Vital statistics of India. Vol. IV, Annual returns from 1871 to 1876. British Army of India, Native Army and jails of Bengal
Year: 1871
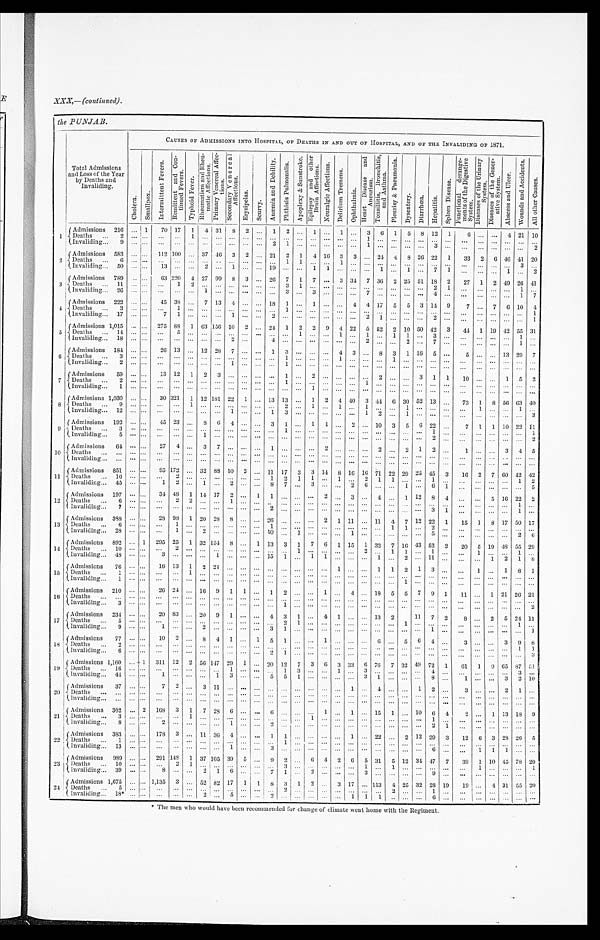
XXX,—(continued).
the PUNJAB.
T o t a l A d m i s s i o n s a n d L o s s o f t h e Y e a r b y D e a t h s a n d I n v a l i d i n g .
CAUSES OF ADMISSIONS INTO HOSPITAL, OF DEATHS IN AND OUT OF HOSPITAL, AND OF THE INVALIDING OF 1871.
C h o l e r a . S m a l l p o x .
I n t e r m i t t e n t F e v e r s . R e m i t t e n t a n d C o n - t i n u e d F e v e r s .
T y p h o i d F e v e r .
R h e u m a t i s m a n d R h e u - m a t i c A f f e c t i o n s .
P r i m a r y V e n e r e a l A f f e c - t i o n s .
S e c o n d a r y V e n e r e a l A f f e c t i o n s .
E r y s i p e l a s .
Scur vy.
A n æ m i a a n d D e b i l i t y . P h t h i s i s P u l m o n a l i s .
A p o p l e x y & S u n s t r o k e .
E p i l e p s y a n d o t h e r B r a i n A f f e c t i o n s . N e u r a l g i c A f f e c t i o n s . D e l i r i u m T r e m e n s .
O p h t h a l m i a . H e a r t D i s e a s e a n d A n e u r i s m .
T o n s i l l i t i s , B r o n c h i t i s , a n d A s t h m a .
P l e n r i s y & P n e u m o n i a .
D y s e n t e r y . D i a r r h œ a . He p a t i t i s .
Sp l e e n Di s e a s e .
F u n c t i o n a l d e r a n g e - m e n t s o f t h e D i g e s t i v e S y s t e m .
D i s e a s e s o f t h e U r i n a r y S y s t e m .
D i s e a s e s o f t h e G e n e r - a t i v e S y s t e m . A b s c e s s a n d U l c e r .
W o u n d s a n d A c c i d e n t s .
A l l o t h e r C a u s e s .
1 Admissions 216 . . . 1
7 0 1 7 1 4 3 1 8 2
. . . 1 2 . . . 1 . . . 1 . . . 3 6 1 5 8 1 2 1
6
. . . . . . 4 2 1 1 0
Deaths 2
. . . . . . . . .
. . . 1 . . . . . . . . .
. . . . . . . . . . . . . . .
. . . . . . . . . . . . 1 . . . . . . . . . . . . . . . . . .
. . . . . . . . .
. . . . . .
. . .
Invaliding 9
. . . . . . . . .
. . . . . . . . . . . . . . . . . . . . . 2 1
. . . . . . . . . . . . . . . 1
. . . . . . . . . . . . 3
. . .
. . . . . . . . . . . . . . . 2
2 Admissions 583
. . . . . .
1 1 2 1 0 0 . . . 3 7 4 6 3 2
. . . 2 1 2 1 4 1 6 3 3 . . . 2 4 4 8 2 6 2 2 1
3 3 2 6 4 6 4 1 2 0
Deaths 6
. . . . . .
. . .
. . . . . . . . .
. . . . . . . . . . . .
. . . 1 1 . . . . . . 1 . . . . . . . . . . . . . . . . . . . . . . . .
. . . . . . . . . . . .
3
. . .
Invaliding 50
. . . . . . 1 3
. . . . . . 2 . . . 1 . . . . . . 1 9 . . . . . . 1 1 . . . . . . . . . 1 . . . 1 . . . 7 1
. . .
. . . . . . 1 . . .
2
3 Admissions 789
. . . . . .
6 3 2 2 0 4 2 7 9 9 8 3 . . . 2 6 7 1 7 . . . 3 3 4 7 3 6 2 2 5 5 1 1 8 2
2 7 1 2 4 9 2 6 4 1
Deaths 11
. . . . . . . . .
1 2 . . .
. . . . . . . . .
. . . . . . 3 1 . . . . . . . . . . . . . . . . . . . . . . . . . . . 2 1
. . . . . . . . . . . . 1
. . .
Invaliding 26
. . . . . . . . .
. . .
. . . 1 . . .
. . . . . . . . . . . . 3 . . . 3 . . . . . . . . . 7 . . . . . . . . . . . . 4 . . .
. . . . . . . . . . . 1 7
4
Admissions 222
. . . . . . 4 5
3 8 . . . 7 1 3 4 . . . . . . 1 8 1 . . . 1 . . . . . . 4 4 1 7 5 5 3 1 4 9
7 . . . 7 6 1 0 4
Deaths 3
. . . . . . . . .
1 . . . . . . . . . . . . . . .
. . . . . . 1
. . . . . . . . . . . . . . . . . . . . . . . . . . . . . . . . . . . .
. . . . . . . . . . . . . . .
1
Invaliding 17
. . . . . . 7 1
. . . . . . . . . 1 . . . . . . 2 . . . . . . . . . . . . . . . . . . 2 . . . . . . . . . . . . 2 . . .
. . . . . . . . . . . . . . . 1
5 Admissions 1,015 . . .
. . .
2 7 5 8 8 1
6 3 1 5 6 1 0 2 . . . 2 4 1 2 2 9 4 2 2 5 5 2 2 1 0 5 0 4 2 3
4 4 1 1 9 4 2 5 5 3 1
Deaths 14
. . . . . . . . . 5 . . . . . . . . . . . . . . . . . . . . . . . . 1
. . . . . . 1 . . . 1 . . . 1 1 . . . 3 . . .
. . . . . . . . . . . . 1
. . .
Invaliding 18 . . . . . .
. . . . . . . . . . . . . . . 2
. . .
4 . . . . . . . . . . . . . . . . . . 2 . . . . . . 2 . . . 7 . . .
. . . . . . . . . . . . 1
. . .
6
Admissions 184
. . . . . . 2 6 1 3 . . . 1 2 2 8 7 . . . . . . 1 3 . . .
. . . . . . 4 3 . . . 8
3 1 1 6 5 . . .
5 . . . . . . 1 3 2 9 7
Deaths 3
. . . . . . . . .
. . . . . . . . . . . . . . . . . . . . . . . .
1 . . . . . . . . . 1 . . .
. . . . . . 1 . . . . . .
. . . . . .
. . . . . .
. . . . . . . . .
. . .
Invaliding 2
. . . . . . . . .
. . . . . . . . . . . . 1 . . . . . .
. . . 1 . . . . . . . . . . . . . . . . . . . . . . . . . . .
. . . . . . . . .
. . . . . . . . . . . . . . .
. . .
7
Admissions 59
. . . . . . 1 3 1 2 1 2 3 . . . . . . . . . . . . 1 . . . 2 . . . . . . . . . . . . 2
. . . . . . 3 1 1
1 0 . . .
. . . 1 5 2
Deaths 2
. . . . . .
. . . . . . . . . . . . . . . . . . . . . . . . . . . . 1 . . . . . .
. . . . . . . . . 1 . . .
. . . . . . . . . . . . . . .
. . .
. . . . . . . . . . . . . . .
Invaliding 1 . . . . . .
. . . . . . . . . . . . . . . . . . . . . . . . . . . . . . . . . 1
. . . . . . . . . . . . . . .
. . . . . . . . . . . .
. . .
. . . . . . . . . . . . . . . . . .
8
Admissions 1,030
. . . . . .
3 0 3 2 1 1
1 2 1 8 1 2 2 1 . . . 1 3 1 3 . . . 1 2 4 4 0 3 4 4 6 3 0 5 2 1 3 . . .
7 3 1 8 5 6 6 3 4 0
Deaths 9
. . . . . .
. . . . . . 1 . . . . . . . . . . . . . . . . . . 2 . . . 1 . . . 1 . . . 1 . . . . . . 1 . . . . . . . . .
. . . 1 . . . . . . 1
. . .
Invaliding 12
. . . . . . . . .
. . . . . . . . . . . . 1
. . . . . . 1 3 . . . . . . . . . . . . . . . 1 2 . . . 1 . . . . . . . . .
. . . . . . . . . . . . . . . 3
9 Admissions 192 . . .
. . . 4 5 2 3 . . . 8 6 4 . . .
. . . 3 1 . . . 1 1 . . . 2 . . . 1 0 3 5 6 2 2 . . .
7 1 1 1 0 2 2 1 1
Deaths 3
. . . . . . . . .
. . .
. . . . . . . . . . . . . . .
. . . . . . 1
. . . . . . . . . . . . . . . . . . . . . . . . . . . . . . 1
. . .
. . . . . . . . . . . . . . . 1
Invaliding 5 . . . . . .
. . . . . . . . . 1 . . . . . . . . . . . . . . . . . . . . . . . . . . . . . . . . . . . . . . . . . . . . .
. . . 2 . . .
. . .
. . . . . . . . . . . . 2
1 0 Admissions 64
. . . . . . 2 7 4 . . . 3 7 . . . . . . . . . 1 . . . . . . . . . 2
. . . . . . . . . 2 . . . 2 1 2 . . . 1
. . . . . . 3 4
5
Deaths ...
. . . . . . . . .
. . .
. . . . . . . . . .
. . . . . . . . . . . . . . . . . . . . . . . .
. . . . . . . . . . . . . . . . . . . . . . . . . . .
. . .
. . . . . . . . . . . .
. . .
Invaliding ... . . .
. . .
. . . . . . . . . . . . . . . . . . . . . . . . . . . . . . . . . . . . . . . . . . . . . . . . . . .
. . . . . . . . . . . . . . .
. . . . . . . . . . . . . . .
. . .
1 1
Admissions 851
. . . . . . 9 5 1 7 2 . . . 3 2 8 8 1 0 2 . . . 1 1 1 7 3 3 1 4 8 1 6 1 6 1 7 2 2 2 9 2 5 4 5 3
1 6 2 7 6 0 4 2 4 2
Deaths 16
. . . . . .
. . . 2
. . . . . . . . . . . . . . . . . . 1 2 1 1 . . . 1 . . . 2 1 1 . . . . . . 1 . . .
. . . . . . . . . . . . 1
2
Invaliding 45
. . . . . . 1 2
. . . 1 . . . 2 . . . . . . 8 7 . . . 3 . . . . . . 2 6 . . . . . . 1 . . . 6 1
. . . . . . . . . . . . . . .
5
1 2 Admissions 197 . . .
. . . 3 4 4 8 1 1 4 1 7 2 . . . 1 1 . . .
. . . . . . 2 . . . 3 . . . 4 . . . 1 1 2 8 4
. . .
. . . 5 1 6 2 2
2
Deaths 6
. . . . . .
. . .
2 2 . . . . . . 1 . . . . . . . . .
. . . . . . . . . . . . . . . . . . . . . . . .
. . . . . . . . . . . . . . .
. . .
. . . . . . . . . 1 . . .
Invaliding 7 . . . . . .
. . . . . . . . . . . . . . . . . . . . . . . . 2 . . . . . . . . . . . . . . . . . . . . . . . . . . . . . . . . . 3 1
. . . . . . . . . . . . 1 . . .
1 3 Admissions 388
. . . . . . 2 8 9 8 1 2 0 2 8 8 . . . . . . 2 6 . . . . . . . . . 2 1 1 1 . . . 1 1 4 7 1 2 2 2 1
1 5 1 8 1 7 5 0 1 7
Deaths 6
. . . . . .
. . . 1 . . . . . . . . . . . . . . . . . . 1 . . . . . . . . . . . . . . . . . . . . . . . . 1 1 . . . 2 . . . . . .
. . . . . . . . . . . . . . .
Invaliding 28 . . .
. . .
. . . 1 . . . 2 . . . . . . . . . . . . 1 0 . . . 1 . . . . . . . . . 1 . . . . . . . . . . . . . . . 5 . . . . . .
. . . . . . . . . 2
6
1 4
Admissions 892 . . . 1
2 9 5 2 5 1
3 2 1 5 4 8 . . . 1 1 3 3 1 7 6
1 1 5 1
3 2 7 1 6 4 3 5 2 2
2 0 5 1 9 4 8 5 5 2 9
Deaths 10
. . . . . .
. . . 2 . . . . . . . . . . . . . . . . . . . . . . . .
1 . . . . . . . . . . . . 2 . . . 1 1 . . .
. . .
. . . 1 . . . . . . 1
. . .
Invaliding 48 . . .
. . . 3
. . . . . . . . . 1 . . . . . . . . . 1 5 1 . . . 1 1 . . . . . . . . . 1 . . . 2 . . . 1 1 . . .
. . . . . . 1 2 1
8
1 5
Admissions 76
. . . . . . 1 6 1 3 1 2 2 1 . . . . . . . . .
. . . . . . . . . . . .
. . . 1 . . . . . . 1 1 2 1
3 . . .
. . .
1 . . . 1 8 1
Deaths 1
. . . . . .
. . .
. . . 1
. . . . . .
. . . . . . . . . . . . . . .
. . . . . . . . .
. . . . . .
. . . . . .
. . . . . . . . . . . .
. . . . . .
. . .
. . . . . . . . . . . . .
Invaliding 1
. . . . . .
. . . . . . . . . . . . . . . . . . . . . . . . . . . . . . . . . . . .
. . . . . . . . . . . . . . .
. . . 1 . . . . . . . . .
. . . . . . . . . . . . . . .
. . .
1 6
Admissions 210 . . . . . . 2 6 2 4 . . . 1 6 9 1 1 . . . 1 2 . . . . . . 1 . . . 4 . . . 1 8 5 5 7 9 1
1 1 . . . 1 2 1 2 6 2 1
Deaths ...
. . . . . .
. . . . . . . . . . . . . . . . . . . . . . . . . . . . . . . . .
. . . . . . . . . . . . . . . . . . . . . . . . . . . . . . . . .
. . .
. . . . . . . . . . . . . . . .
Invaliding 3 . . .
. . . . . .
. . . . . . . . . . . . . . . . . .
. . . . . . 1
. . . . . . . . . . . . . . . . . . . . . . . . . . . . . . . . . . . .
. . . . . .
. . . . . .
. . . . . .
Admissions 234 . . . . . .
2 0 8 3
. . . 2 0 9 1 . . . . . . 4 3 1 . . . 4 1 . . . . . . 1 3 2
1 1 7 2
8 . . . 2 5 2 4 1 1
Deaths 5
. . . . . .
. . .
. . .
. . . . . .
. . . . . . . . . . . . . . . 2 1 . . . . . . . . . . . . . . . . . . . . . 1 . . .
. . . . . .
. . .
. . .
. . . . . . . 1 . . .
Invaliding 9 . . . . . .
1
. . . . . . 2 . . . . . . . . . . . . 3 1
. . . . . . . . . . . . . . . . . . . . . . . . . . . . . .
1 . . .
. . . . . . . . . . . . . . .
1
Admissions 77 . . . . . .
1 0
2 . . . 8 4 1 . . . 1 5 1 . . .
. . . 1 . . . . . . . . . 6 . . . 5 6 4 . . .
3 . . . . . . 3 9 8
1 8 Deaths 2
. . . . . .
. . .
. . . . . . . . . . . .
. . . . . . . . . . . . . . . . . . . . . . . . . . . . . . . . . . . . . . .
. . . . . . . . . . . .
. . . . . . . . . . . . 1 1
Invaliding 6 . . . . . .
. . . . . . . . . . . . . . . . . . . . . . . . 2 1 . . . . . . . . . . . . . . . . . . . . . . . . . . . . . . . . . . . .
. . . . . . . . . . . . . . . 3
1 9
Admissions 1,160
. . . 1
3 1 1 1 2 2 5 6 1 4 7 2 9 1 . . . 2 0 1 2 7 3 6 3 3 3 6 7 6 7 3 2 4 9 7 2 1
6 1 1 9 6 5 8 7 5 1
Deaths ...
. . . . . .
. . . . . . . . . . . . . . . 1 . . . . . . . . . 1 3 . . . . . . 1 . . . 3 . . . . . . . . . . . . 4 . . .
. . . . . . . . . . . . 3
. . .
Invaliding 44 . . . . . . 1
. . . . . . . . . 1 3 . . . . . . 5 5 1 . . . . . . . . . . . . 3 1 . . . . . . . . . 8 . . . 1 . . . . . . 3 2 1 0
2 0
Admissions 37 . . . . . .
7
2 . . . 3 1 1 . . . . . . . . . . . . . . . . . . . . . . . . . . . 1 . . . 4 . . . . . . 1 2 . . .
3 . . . . . . 2 1
. . .
Deaths ...
. . . . . .
. . . . . . . . . . . . . . . . . .
. . . . . . . . . . . . . . . . . . . . . . . . . . . . . . . . .
. . . . . . . . . . . .
. . .
. . . . . . . . . . . . . . .
Invaliding ... . . . . . .
. . .
. . . . . . . . . . . . . . .
. . .
. . . . . .
. . . . . . . . . . . . . . . . . . . . . . . . . . . . . . . . . . . .
. . .
. . . . . . . . . . . . . . .
2 1
Admissions 302 . . . 2
1 6 8 3 1 7 2 8 6 . . . . . . 6
. . . . . . . . . 1 . . . 1 . . . 1 5 1 . . . 1 0 6 4
2 . . . 1 1 3 1 8 9
Deaths 3
. . . . . .
. . . . . . 1 . . . . . . . . . . . . . . . . . . . . . . . .
1 . . . . . . . . . . . . . . . . . .
. . . . . . 1
. . .
. . . . . . . . . . . . . . .
. . .
Invaliding 8 . . . . . .
2
. . . . . . . . . . . . 1 . . . . . . 2 . . . . . . . . . . . . . . .
. . . . . . . . . . . . . . .
. . . 2 1
. . . . . . . . . . . .
. . .
. . .
2 2
Admissions 383 . . . . . .
1 7 8 3 . . . 1 1 3 6 4 . . . . . . 1 1 . . . . . . . . . . . . 1 . . . 2 2 . . . 2 1 2 2 9 3
1 2 6 3 2 8 2 6
5
Deaths 1
. . . . . .
. . . . . . . . . . . . . . . . . . . . . . . . . . . 1 . . . . . . . . . . . . . . . . . . . . . . . . . . . . . . . . . . . .
. . . . . . . . . . . . . . .
. . .
Invaliding 13
. . . . . .
. . . . . . . . . . . . . . . . 1 . . . . . . 3
. . . . . . . . . . . . . . . . . . . . . . . . . . . . . . . . .
6 . . .
. . . 1 1 1 . . .
. . .
2 3
Admissions 989 . . . . . .
2 9 1 1 4 8 1 3 7 1 0 5 3 9 5 . . . 9 2 . . . 6 4 2 6 5 3 1 5 1 2 3 4 4 7 7
3 9 1 1 0 4 5 7 8 2 0
Deaths 10
. . . . . .
. . . 2 1 . . . . . . . . . . . . . . . . . . 3 . . .
. . . . . .
. . . . . . 1 . . . 1 . . . . . . . . . . . .
. . . 1 . . . . . . . . .
1
Invaliding 39 . . . . . .
8
. . . . . . 2 1 6 . . . . . . 7 1 . . . 2 . . . . . . . . . 3 . . . . . . . . . . . . 9 . . .
. . . . . . . . . . . . . . .
. . .
2 4
Admissions 1,675 . . . . . .
1 , 1 3 5 3 . . . 5 2 8 2 1 7 1 1 8 3 1 2 . . . 3 1 7 . . . 1 1 3 4 2 5 3 2 2 8 1 9
1 9 . . . 4 3 1 5 5 2 0
Deaths 5
. . . . . .
. . . . . . . . . . . . . . . . . . . . . . . . . . . 2 . . . . . . . . . . . . . . . . . . . . . 2 . . . . . . 1 . . .
. . . . . . . . . . . . . . .
. . .
Invaliding 18* . . . . . .
. . . . . . . . . 2 . . . 5 . . . . . . 2 . . . . . . . . . . . . . . . 1 1 1
. . . . . . . . . 6 . . . . . .
. . . . . . . . . . . . . . .